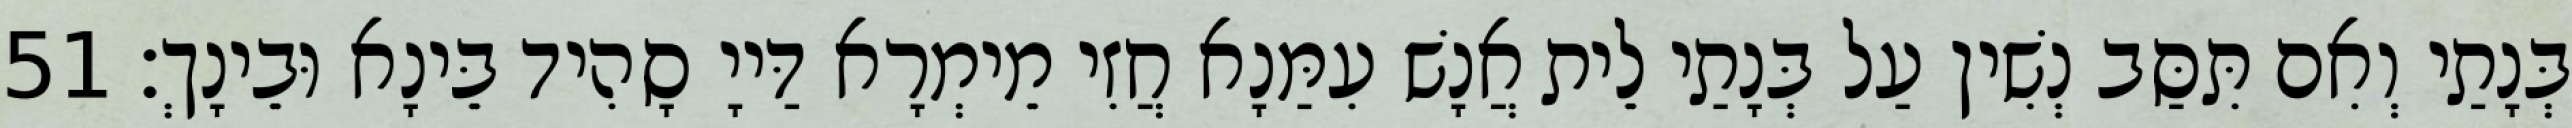
בְּנָתַי וְאִם תִּסַּב נְשִׁין עַל בְּנָתַי לֵית אֲנָשׁ עִמַּנָא חֲזִי מֵימְרָא דַּייָ סָהִיד בֵּינָא וּבֵינָךְ׃ 51